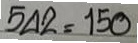
542 = 150